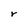
Character: r